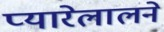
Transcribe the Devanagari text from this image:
प्यारेलालने